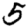
Digit: 5